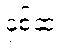
နှစ်ဆ